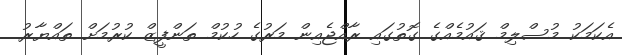
އެކަމަކު މުސްލިމް ޤައުމެއްގެ ގޮތުގައި ރާއްޖެއިން މަރުގެ ހުކުމް ތަންފީޒް ކުރުމަށް ތައްޔާރު